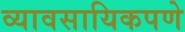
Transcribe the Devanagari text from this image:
व्यावसायिकपणे